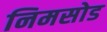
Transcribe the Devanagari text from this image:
निमसोड